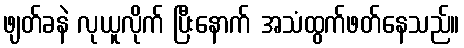
ဖျတ်ခနဲ လုယူလိုက် ပြီးနောက် အသံထွက်ဖတ်နေသည်။